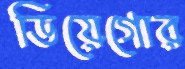
ডিয়েগোর